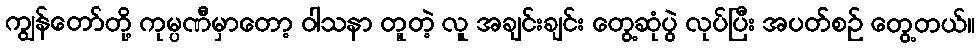
ကျွန်တော်တို့ ကုမ္ပဏီမှာတော့ ဝါသနာ တူတဲ့ လူ အချင်းချင်း တွေ့ဆုံပွဲ လုပ်ပြီး အပတ်စဉ် တွေ့တယ်။